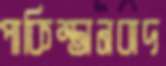
পাকিস্তানবাদ